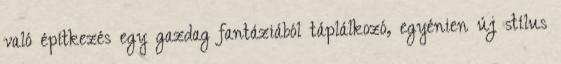
való építkezés egy gazdag fantáziából táplálkozó, egyénien új stílus